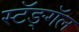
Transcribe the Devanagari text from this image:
स्टॅङ्गॅल